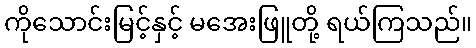
ကိုသောင်းမြင့်နှင့် မအေးဖြူတို့ ရယ်ကြသည်။